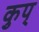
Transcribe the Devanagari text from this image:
कुप्